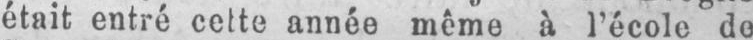
était entré cette année même à l’école de